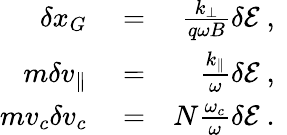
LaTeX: \begin{array}{rlr}{\delta x_{G}}&{{}=}&{\frac{k_{\perp}}{q\omega B}\delta\mathcal{E}\mathrm{~,~}}\\ {m\delta v_{\parallel}}&{{}=}&{\frac{k_{\parallel}}{\omega}\delta\mathcal{E}\mathrm{~,~}}\\ {mv_{c}\delta v_{c}}&{{}=}&{N\frac{\omega_{c}}{\omega}\delta\mathcal{E}\mathrm{~.~}}\end{array}